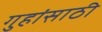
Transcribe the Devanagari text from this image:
गुहांसाठी